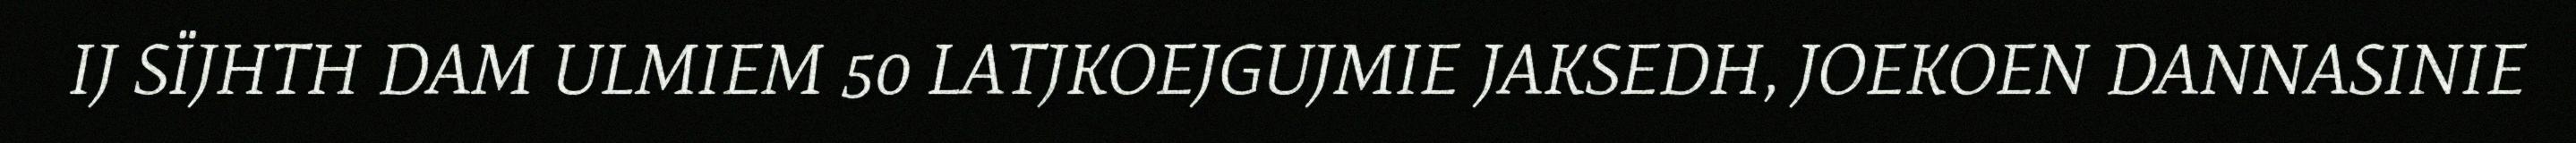
IJ SÏJHTH DAM ULMIEM 50 LATJKOEJGUJMIE JAKSEDH, JOEKOEN DANNASINIE